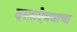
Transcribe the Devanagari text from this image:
दस्ताऐवजाचा